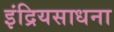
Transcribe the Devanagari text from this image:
इंद्रियसाधना